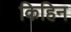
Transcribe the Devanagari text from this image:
किहिन